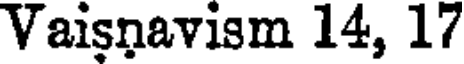
Vaisnavism 14, 17